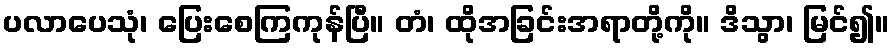
ပလာပေသုံ၊ ပြေးစေကြကုန်ပြီ။ တံ၊ ထိုအခြင်းအရာတို့ကို။ ဒိသွာ၊ မြင်၍။